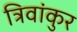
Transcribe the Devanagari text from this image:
त्रिवांकुर